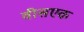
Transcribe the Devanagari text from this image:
वीसएक